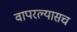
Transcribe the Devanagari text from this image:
वापरल्यासच